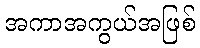
အကာအကွယ်အဖြစ်